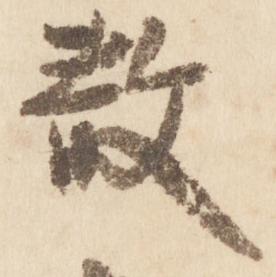
散